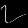
Digit: ၇